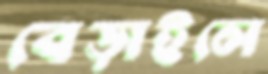
বেড়াইলে